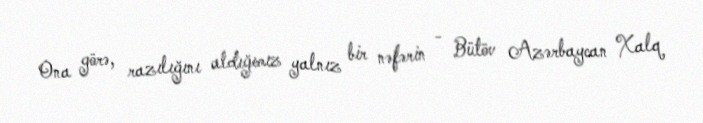
Ona görə, razılığını aldığımız yalnız bir nəfərin - Bütöv Azərbaycan Xalq